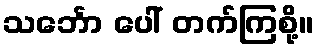
သင်္ဘော ပေါ် တက်ကြစို့။